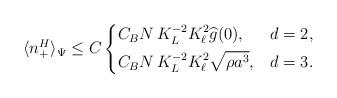
LaTeX: \begin{align*} \langle n_+^{H}\rangle_{\Psi} \leq C \begin{dcases} C_B N\, K_L^{-2} K_{\ell}^2 \widehat{g}(0) , &d=2,\\ C_B N\,K_L^{-2} K_{\ell}^2 \sqrt{\rho a^3}, &d=3. \end{dcases}\end{align*}